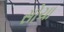
સોચા